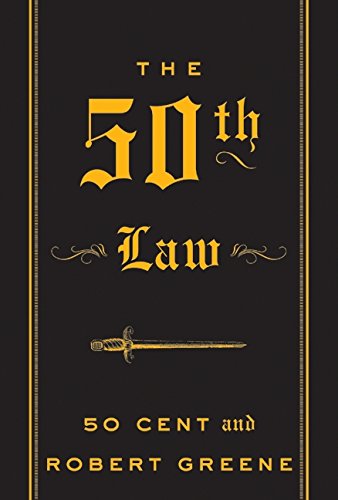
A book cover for The 50th Law; 50 Cent; Humor & Entertainment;